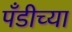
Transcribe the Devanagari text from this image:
पँडीच्या